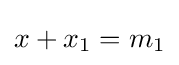
x+x_{1}=m_{1}